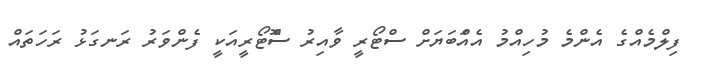
ފިލްމެއްގެ އެންމެ މުހިއްމު އެއަްބަޔަށް ސްޓޯރީ ވާއިރު ސޮްޓޯރީއަކީ ފެންވަރު ރަނގަޅު ރަހަތައް